Rangoon Lunatic Asylum 1898-1906 - 1898-1906
Year: 1898
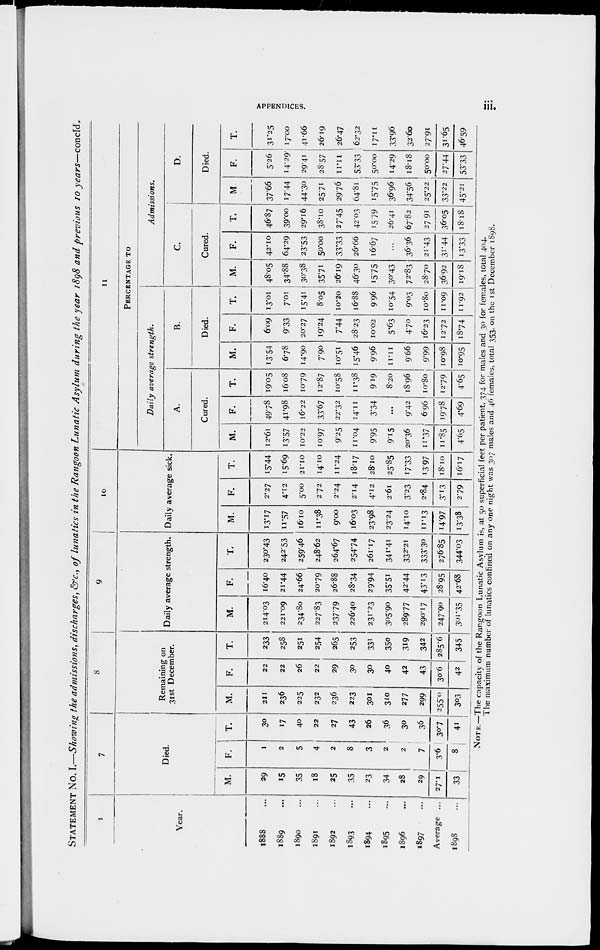
APPENDICES.
iii.
STATEMENT No. I.—Showing the admissions, discharges, &c., of lunatics in the Rangoon Lunatic Asylum during the year 1898 and previous 10 years—concld.
1
Year.
1888 ...
1889 ...
1890 ...
1891 ...
1892 ...
1893 ...
1894 ...
1895 ...
1896 ...
1897 ...
Average ...
1898 ...
7
Died.
M.
29
15
35
18
25
35
23
34
28
29
27.1
33
F.
1
2
5
4
2
8
3
2
2
7
3.6
8
T.
30
17
40
22
27
43
26
36
30
36
30.7
41
8
Remaining on
31st December.
M.
211
236
225
232
236
223
301
310
277
299
255.0
303
F.
22
22
26
22
29
30
30
40
42
43
30.6
42
T.
233
258
251
254
265
253
331
350
319
342
285.6
345
9
Daily average strength.
M.
214.03
221.09
234.80
227.83
237.79
226.40
231.23
305.90
289.77
290.17
247.90
301.35
F.
16.40
21.44
24.66
20.79
26.88
28.34
29.94
35.51
42.44
43.13
28.95
42.68
T.
230.43
242.53
259.46
248.62
264.67
254.74
261.17
341.41
332.21
333.30
276.85
344.03
10
Daily average sick.
M.
13.17
11.57
16.10
11.38
9.00
16.03
23.98
23.24
14.10
11.13
14.97
13.38
F.
2.27
4.12
5.00
2.72
2.24
2.14
4.12
2.61
3.23
2.84
3.13
2.79
T.
15.44
15.69
21.10
14.10
11.24
18.17
28.10
25.85
17.33
13.97
18.10
16.17
11
PERCENTAGE TO
Daily average strength.
A.
Cured.
M.
12.61
13.57
IO.22
10.97
9.25
11.04
9.95
9.15
20.36
11.37
11.85
4.65
F.
49.78
41.98
16.22
33.67
22.32
14.11
3.34
...
9.42
696
19.78
4.69
T.
19.05
16.08
10.79
12.87
10.58
11.38
9.19
820
18.96
10.80
12.79
4.65
B.
Died.
M.
13.54
6.78
14.90
7.90
10.51
15.46
9.96
11.11
9.66
9.99
10.98
10.95
F.
609
933
20.27
19.24
7.44
28.23
10.02
5.63
4.70
16.23
12.72
18.74
T.
13.01
7.01
15.41
805
10.20
16.88
9.96
10.54
9.03
10.80
11.09
11.92
Admissions.
C.
Cured.
M.
48.05
34.88
30.38
35.71
26.19
46.30
15.75
30.43
72.83
28.70
36.92
19.18
F.
42.10
64.29
23.53
50.00
33.33
26.66
16.67
...
36.36
21.43
31.44
13.33
T.
46.87
39.00
29.16
38.10
27.45
42.03
15.79
26.41
67.82
27.91
36.05
18.18
D.
Died.
M.
37.66
17.44
44.30
25.71
29.76
64.81
15.75
36.96
34.56
25.22
33.22
45.21
F.
5.26
14.29
29.41
28.57
11.11
53.33
50.00
14.29
18.18
50.00
27.44
53.33
T.
31.25
17.00
41.66
26.19
26.47
62.32
17.11
33.96
32.60
27.91
31.65
46.59
NOTE.— The capacity of the Rangoon Lunatic Asylum is, at 50 superficial feet per patient 374 for males and 30 for females, total 404.
The maximum number of lunatics confined on any one night was 307 males and 46 females, total 353, on the 1st December 1898.